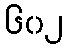
၆၀၂